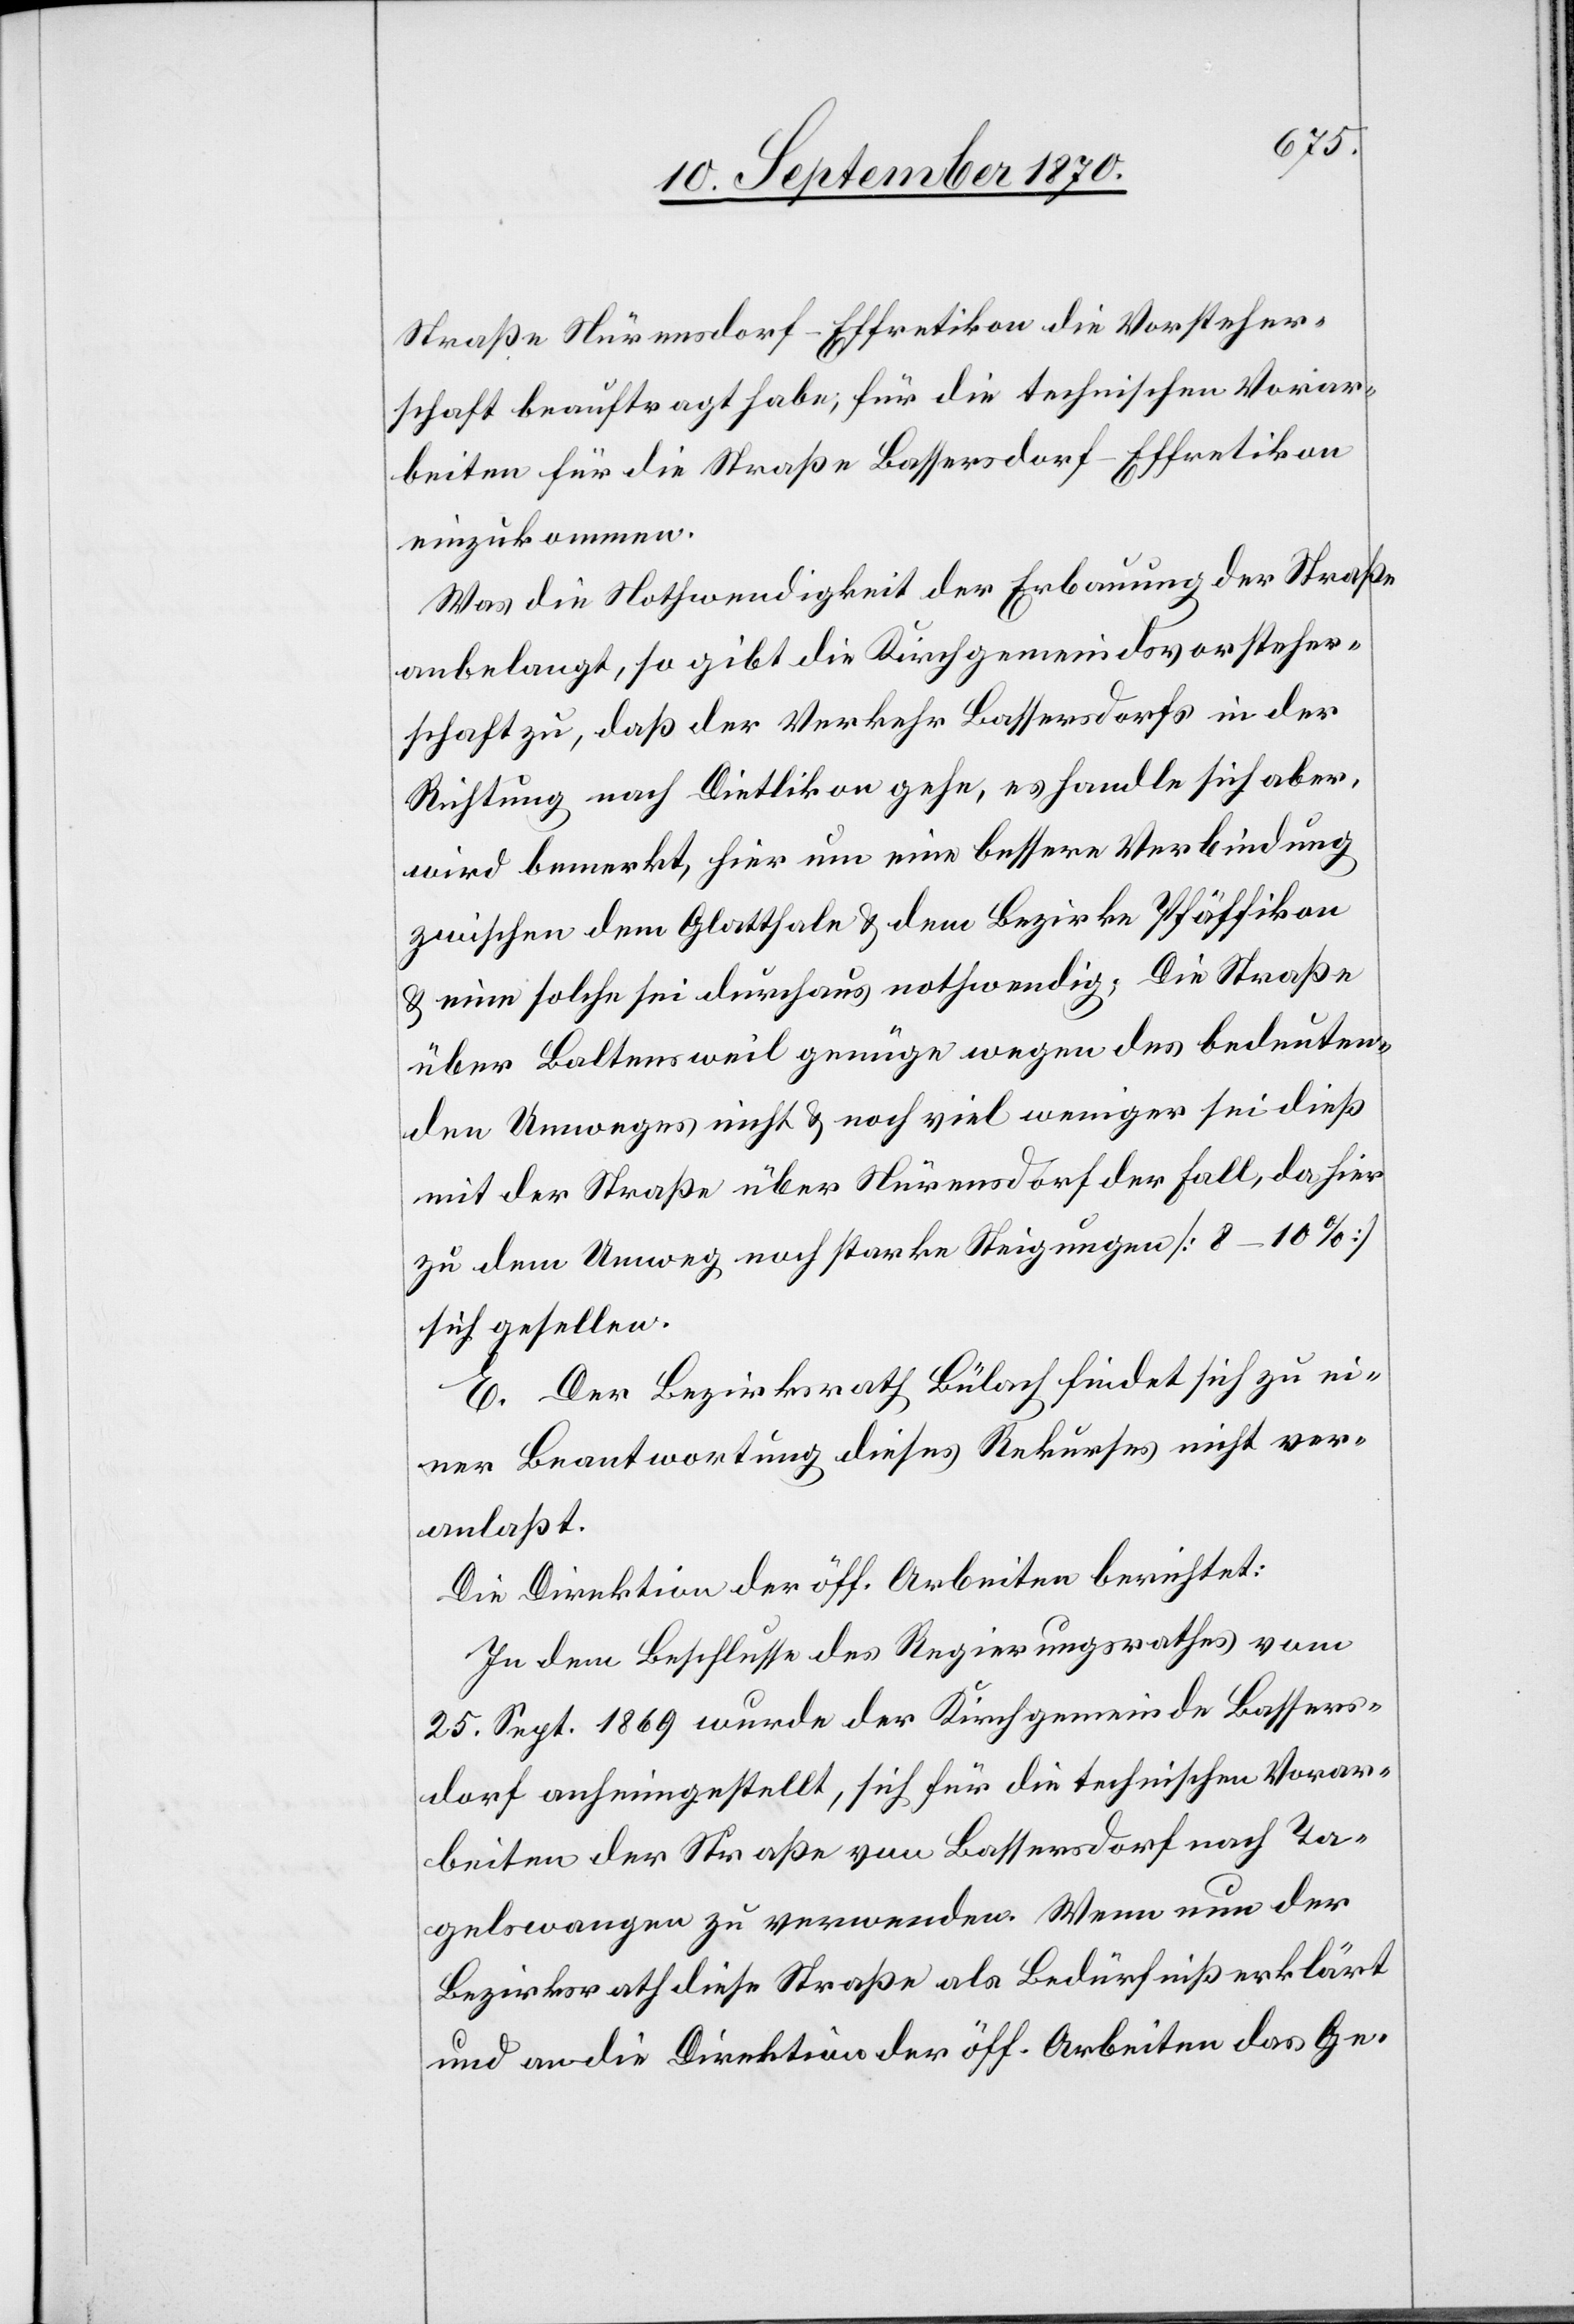
Straße Nürensdorf–Effretikon die Vorsteher¬
schaft beauftragt habe, für die technischen Vorar¬
beiten für die Straße Bassersdorf–Effretikon
einzukommen.
Was die Nothwendigkeit der Erbauung der Straße
anbelangt, so gibt die Kirchgemeindsvorsteher¬
schaft zu, daß der Verkehr Bassersdorfs in der
Richtung nach Dietlikon gehe, es handle sich aber,
wird bemerkt, hier um eine bessere Verbindung
zwischen dem Glatthale & dem Bezirke Pfäffikon
& eine solche sei durchaus nothwendig. Die Straße
über Baltensweil genüge wegen des bedeuten¬
den Umweges nicht & noch viel weniger sei dieß
mit der Straße über Nürensdorf der Fall, da hier
zu dem Umweg noch starke Steigungen [8–10%]
sich gesellen.
E. Der Bezirksrath Bülach findet sich zu ei¬
ner Beantwortung dieses Rekurses nicht ver¬
anlaßt.
Die Direktion der öff. Arbeiten berichtet:
In dem Beschlusse des Regierungsrathes vom
25. Sept. 1869 wurde der Kirchgemeinde Bassers¬
dorf anheimgestellt, sich für die technischen Vorar¬
beiten der Straße von Bassersdorf nach Ta¬
gelswangen zu verwenden. Wenn nun der
Bezirksrath diese Straße als Bedürfniß erklärt
und an die Direktion der öff. Arbeiten das Ge-